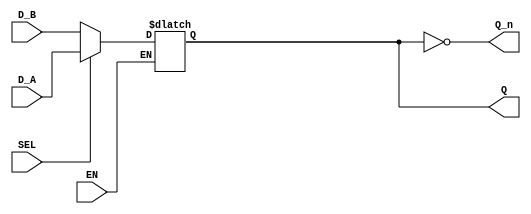
module dual_input_gated_latch (
    input wire D_A,       // First data input
    input wire D_B,       // Second data input
    input wire EN,        // Enable signal
    input wire SEL,       // Selection signal
    output reg Q,         // Output
    output wire Q_n       // Complement of output
);

// Invert the output Q
assign Q_n = ~Q;

// Process to latch the data
always @(*) begin
    if (EN) begin
        // If enable is high, select the input based on SEL
        if (SEL) begin
            Q = D_A;     // Follow D_A
        end else begin
            Q = D_B;     // Follow D_B
        end
    end
    // If EN is low, Q retains its previous value (no assignment in this case)
end

endmodule